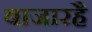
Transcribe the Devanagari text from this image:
बाजारहै